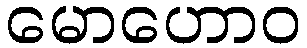
မောဟောဝ